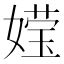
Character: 𮱕